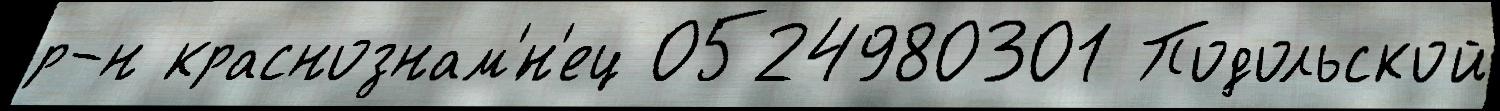
р-н краснознам'́н'ец 0524980301 Подольской